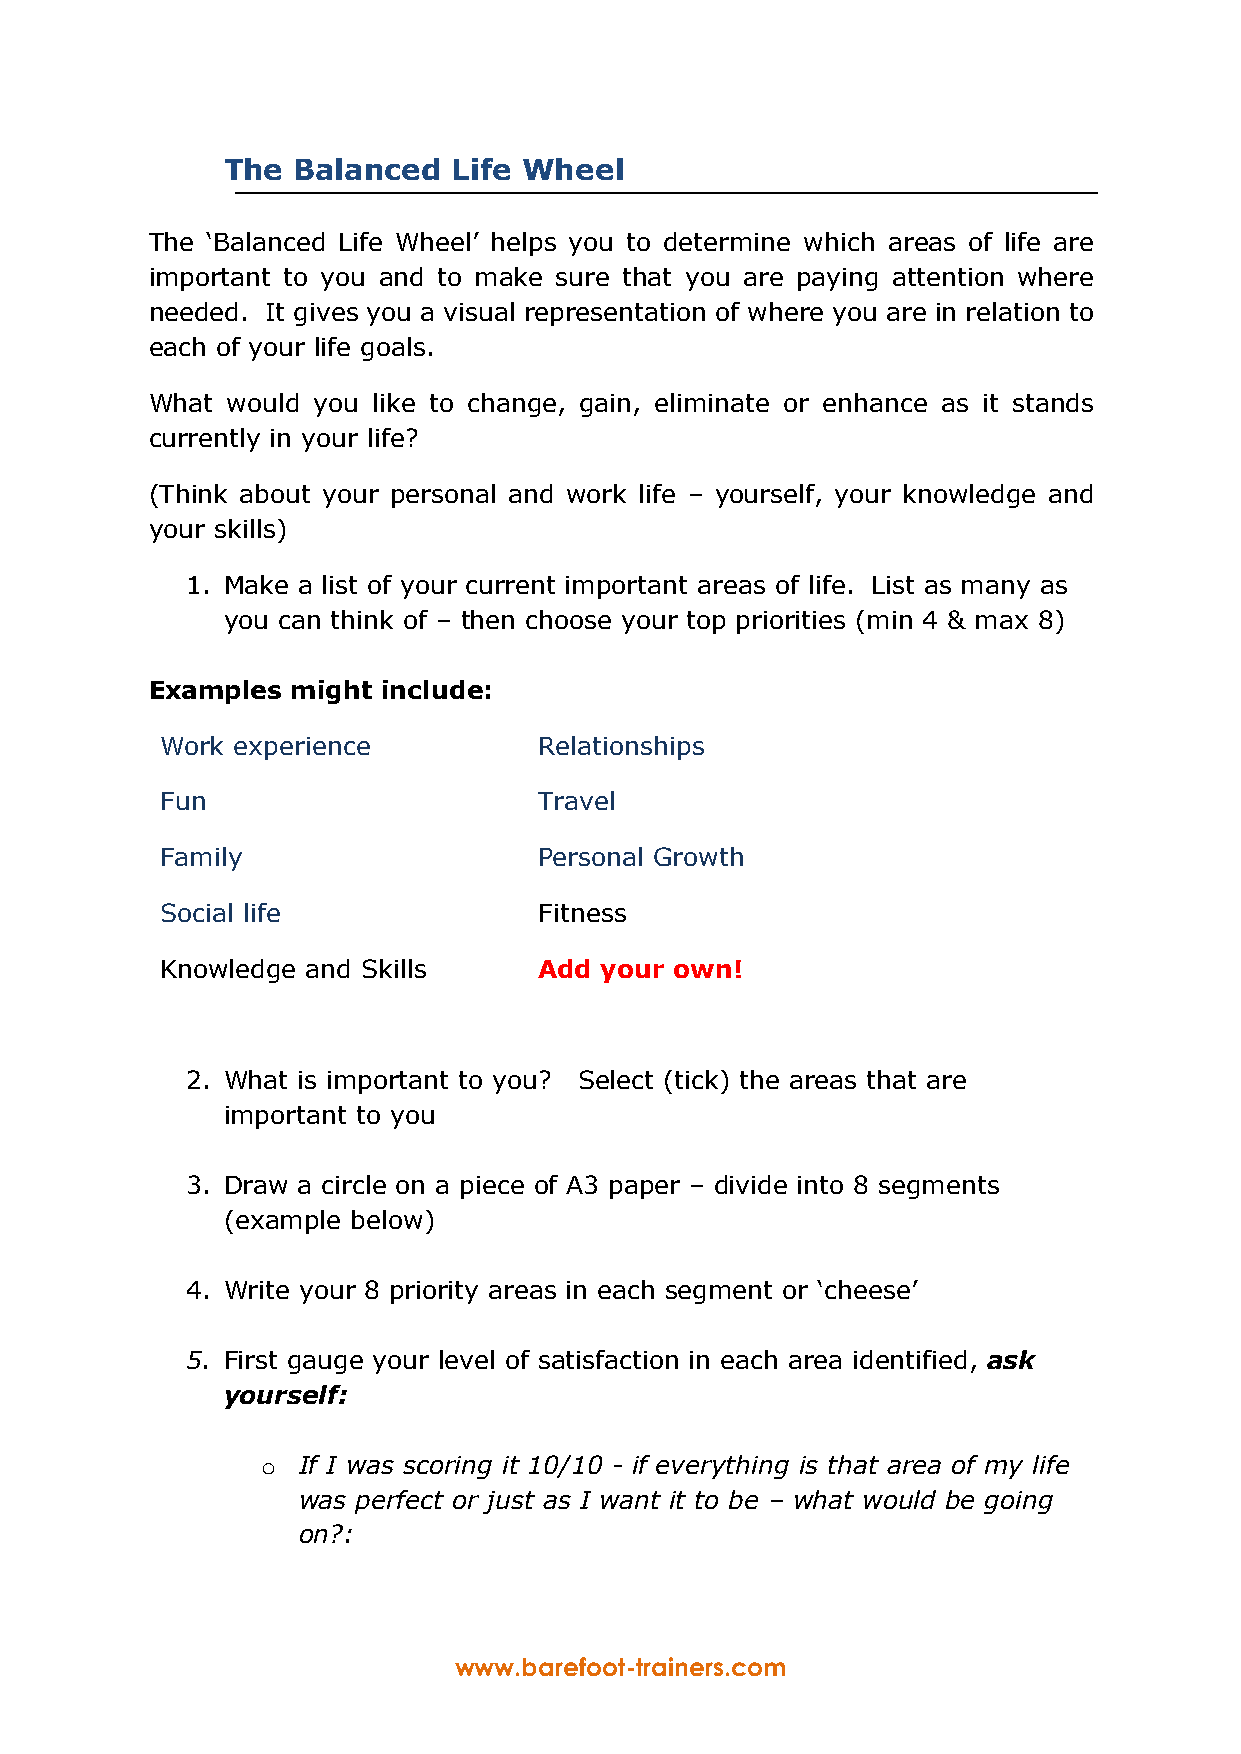
The Balanced   Life Wheel
 The ‘Balanced Life Wheel’ helps you to determine which areas of life are
 important to you and to make sure that you are paying attention where
 needed. It gives you a visual representation of where you are in relation to
 each of your life goals.
 What would you like to change, gain, eliminate or enhance as it stands
 currently in your life?
 (Think about your personal and work life – yourself, your knowledge and
 your skills)
 1. Make a list of your current important areas of life. List as many as
 you can think of – then choose your top priorities (min 4 & max 8)
 Examples might include:
 Work experience          Relationships
 Fun                      Travel
 Family                   Personal Growth
 Social life              Fitness
 Knowledge and Skills     Add your own!
 2. What is important to you? Select (tick) the areas that are
 important to you
 3. Draw a circle on a piece of A3 paper – divide into 8 segments
 (example below)
 4. Write your 8 priority areas in each segment or ‘cheese’
 5. First gauge your level of satisfaction in each area identified, ask
 yourself:
 o  If I was scoring it 10/10 - if everything is that area of my life
 was perfect or just as I want it to be – what would be going
 on?:
 www.barefoot-trainers.com